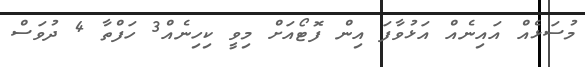
މުސަޅެއް އައިނެއް އަޅުވާފަ އިން ފޮޓޯއަށް މިވީ ކިހިނެއް3 ހަފްތާ 4 ދުވަސް